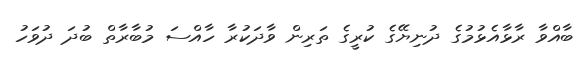
ބާއްވާ ރާޅާއެޅުމުގެ ދުނިޔޭގެ ކުރީގެ ތަރިން ވާދަކުރާ ހާއްސަ މުބާރާތް ބުދަ ދުވަހު